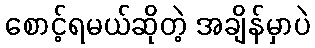
စောင့်ရမယ်ဆိုတဲ့ အချိန်မှာပဲ